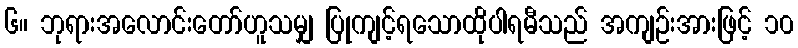
၆။ ဘုရားအလောင်းတော်ဟူသမျှ ပြုကျင့်ရသောထိုပါရမီသည် အကျဉ်းအားဖြင့် ၁၀